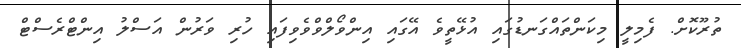
ތުރޫކޮށް. ފެމިލީ މިކަންތައްގަނޑުގައި އުޅޭތީވެ އޭގައި އިންވޯލްވްވެވިފައި ހުރި ވަރުން އަސްލު އިންޓްރެސްޓް